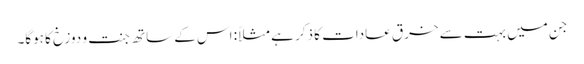
جن میں بہت سے خرق عادات کا ذکر ہے مثلاً: اس کے ساتھ جنت و دوزخ کا ہوگا۔